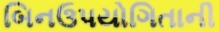
બિનઉપયોગિતાની